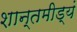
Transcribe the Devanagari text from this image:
शान्तमीड्यं